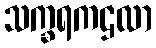
သက္ခရကဌလာ